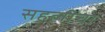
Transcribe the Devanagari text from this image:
सहलीचा